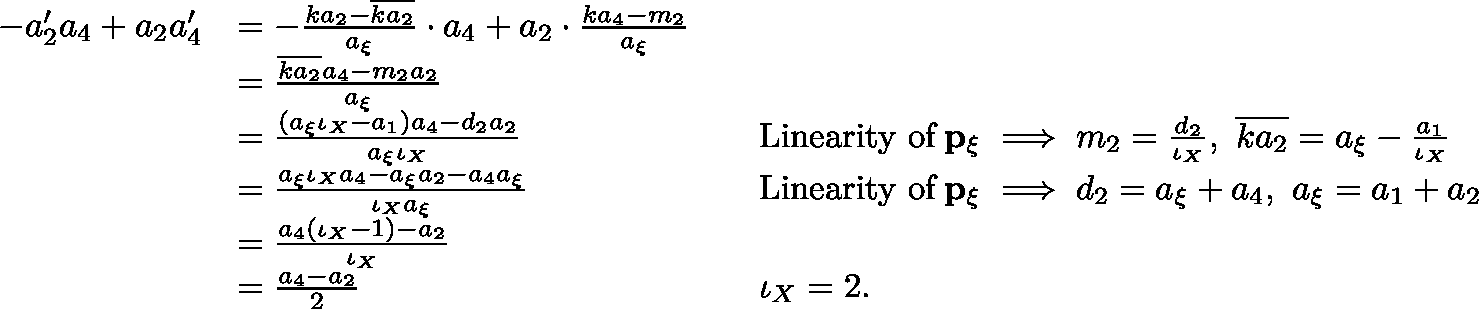
\begin{array} { r l r l } { - a _ { 2 } ^ { \prime } a _ { 4 } + a _ { 2 } a _ { 4 } ^ { \prime } } & { = - \frac { k a _ { 2 } - \overline { { k a _ { 2 } } } } { a _ { \xi } } \cdot a _ { 4 } + a _ { 2 } \cdot \frac { k a _ { 4 } - m _ { 2 } } { a _ { \xi } } } \\ & { = \frac { \overline { { k a _ { 2 } } } a _ { 4 } - m _ { 2 } a _ { 2 } } { a _ { \xi } } } \\ & { = \frac { ( a _ { \xi } \iota _ { X } - a _ { 1 } ) a _ { 4 } - d _ { 2 } a _ { 2 } } { a _ { \xi } \iota _ { X } } } & & { \mathrm { L i n e a r i t y ~ o f } \, \mathbf { p _ { \xi } } \implies m _ { 2 } = \frac { d _ { 2 } } { \iota _ { X } } , \, \, \overline { { k a _ { 2 } } } = a _ { \xi } - \frac { a _ { 1 } } { \iota _ { X } } } \\ & { = \frac { a _ { \xi } \iota _ { X } a _ { 4 } - a _ { \xi } a _ { 2 } - a _ { 4 } a _ { \xi } } { \iota _ { X } a _ { \xi } } } & & { \mathrm { L i n e a r i t y ~ o f } \, \mathbf { p _ { \xi } } \implies d _ { 2 } = a _ { \xi } + a _ { 4 } , \, \, a _ { \xi } = a _ { 1 } + a _ { 2 } } \\ & { = \frac { a _ { 4 } ( \iota _ { X } - 1 ) - a _ { 2 } } { \iota _ { X } } } \\ & { = \frac { a _ { 4 } - a _ { 2 } } { 2 } } & & { \iota _ { X } = 2 . } \end{array}